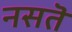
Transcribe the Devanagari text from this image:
नसतॆ